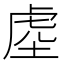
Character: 𭎭